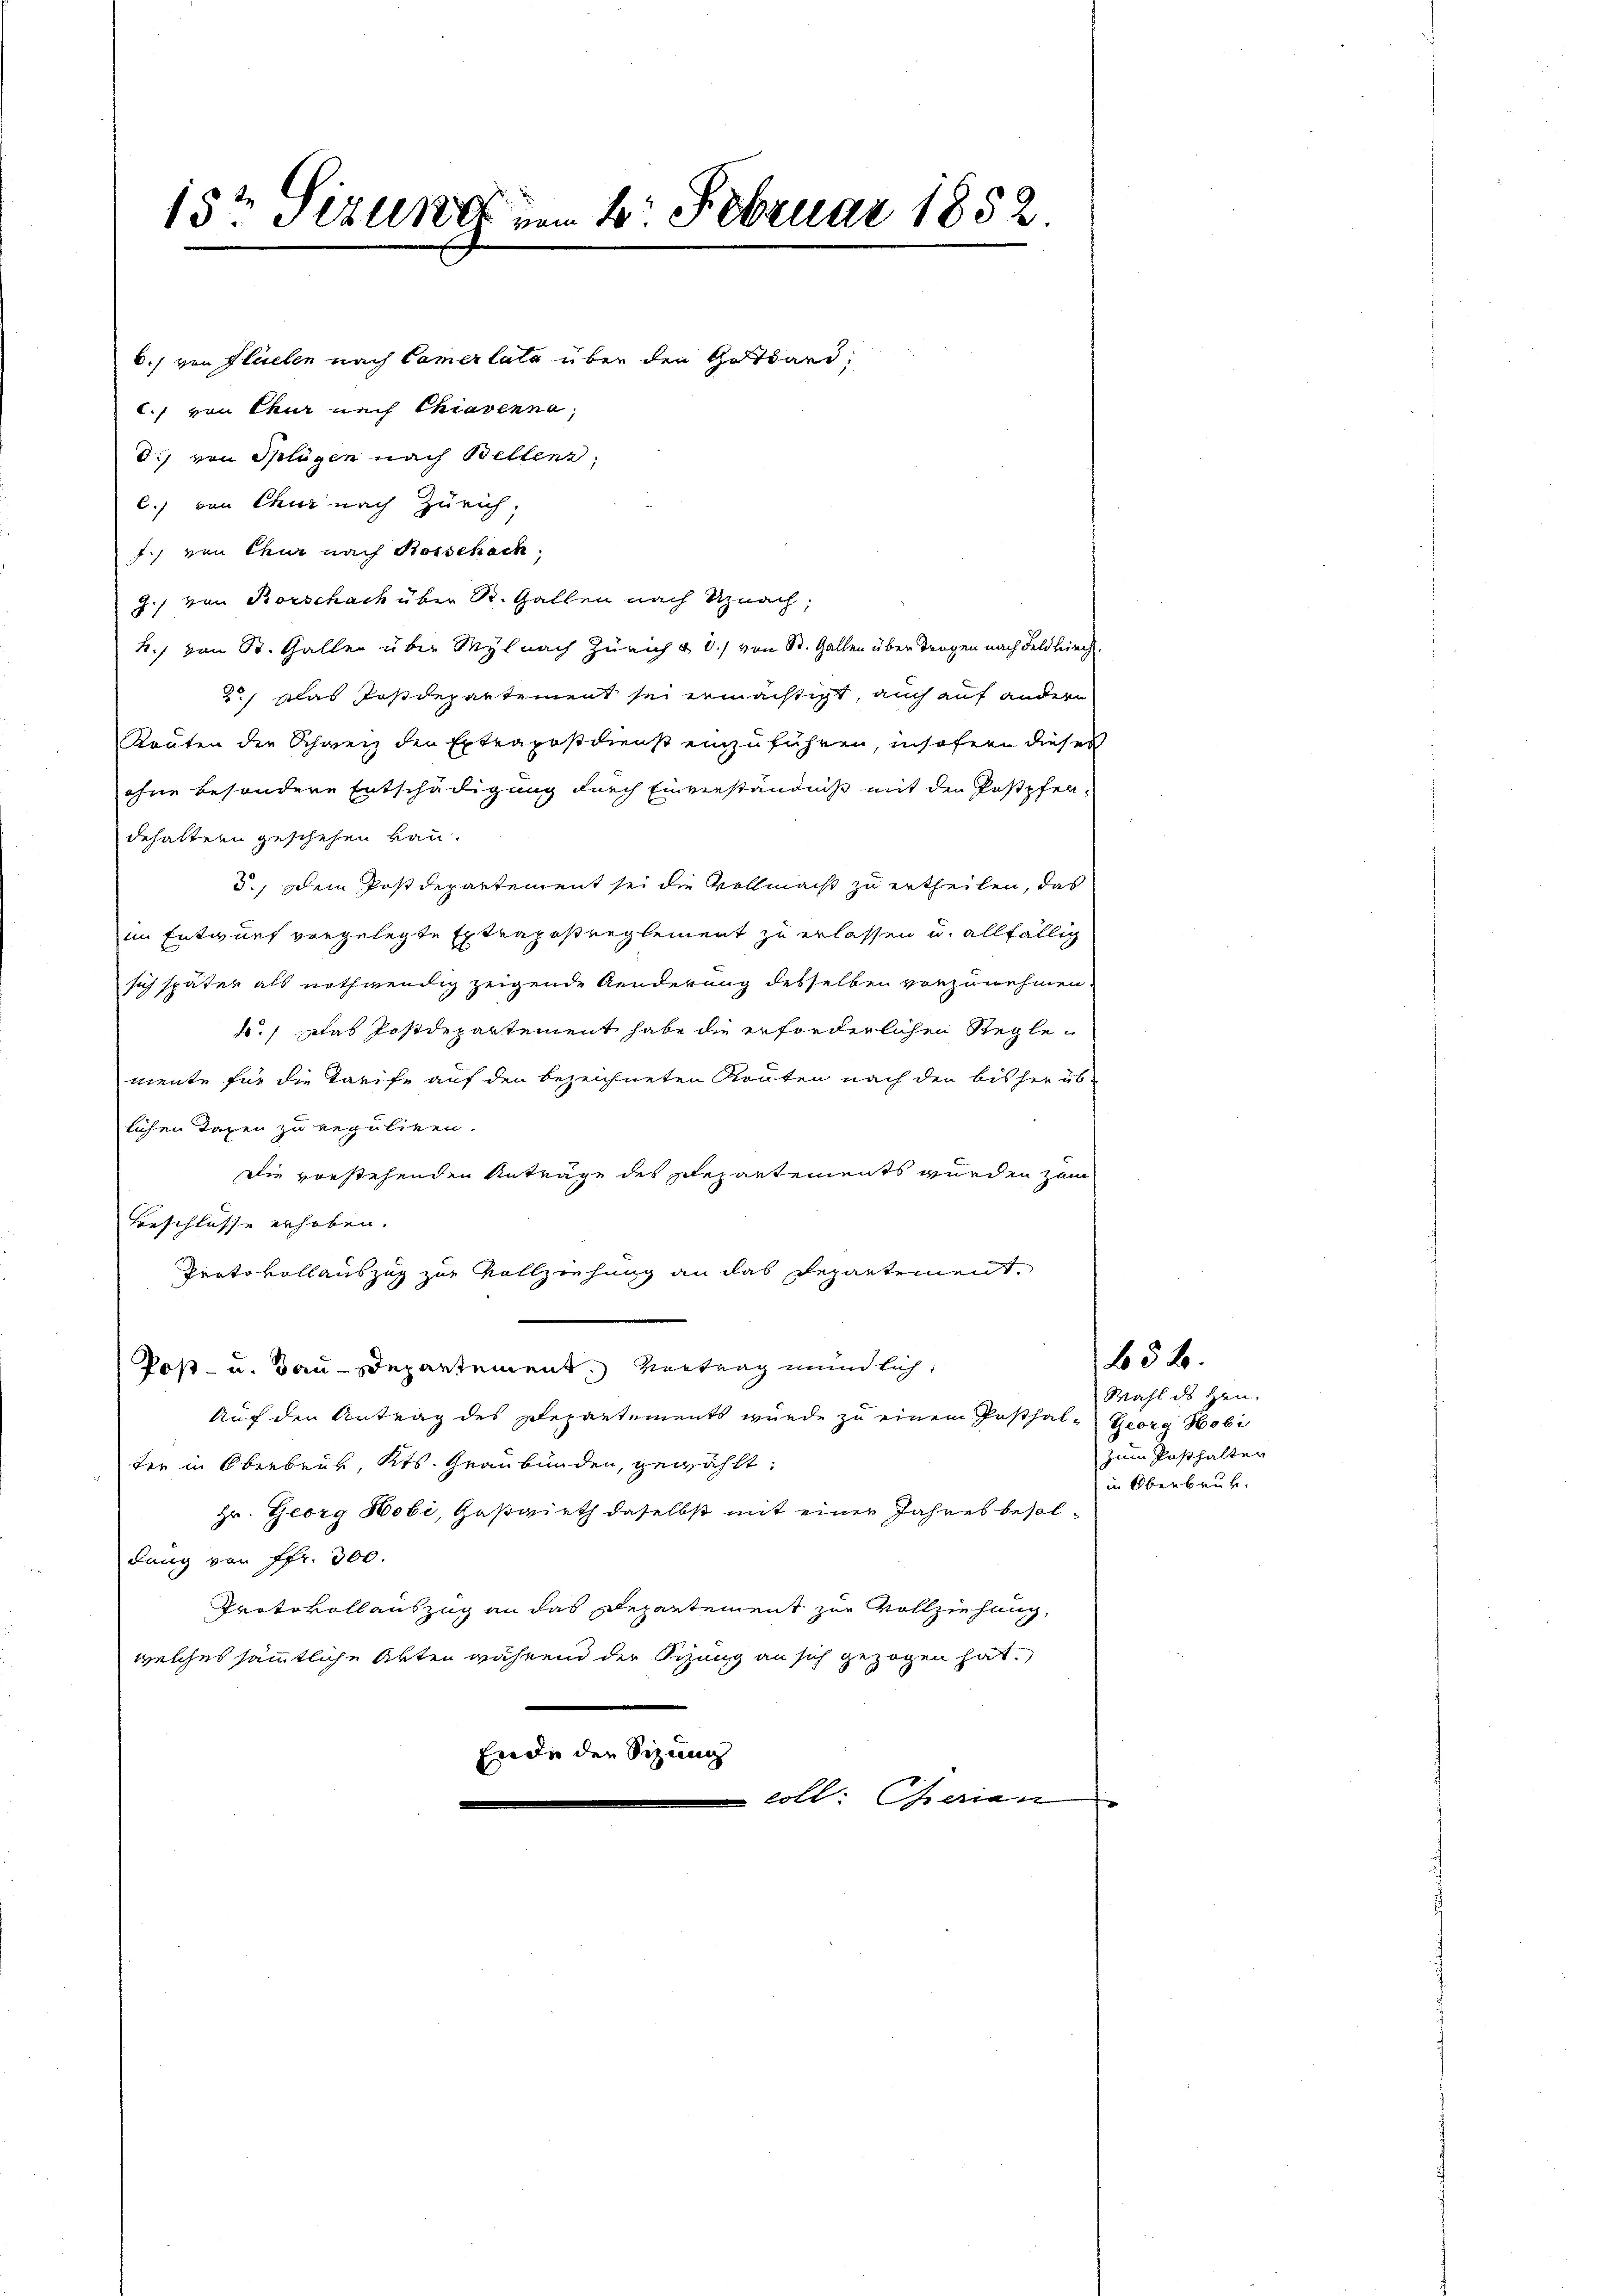
15t Sizung um 2. Februar 1852

6.) von Flüelen nach Camer late über den Gottard,
C. von Chur nach Chiavenna,
d.) von Splügen nach Bellenz
C.) von Chur nach Zürich,
.) von Chur nach Botschach
J. von Rorschach über St. Gallen nach Unach,
h.) von St. Galler über Myl nach Zürich & 8./ von St. Gallen über Tragen nach Feldkirch
2.) Das Postdepartement sei ermächtigt, auch auf andern
Routen der Schweiz den Extraposdienst einzuführen, insofern dieses
ohne besondere Entschädigung durch Einverständniß mit den Postpfenbehaltern geschehen kann.
5., Dein Postdepartement sei die Vollmacht zu ertheilen, das
im Entwurf vorgelegte Extrapostreglement zu erlassen u. allfällig
sich später als nothwendig zeigende Aenderung desselben vorzunehmen.
4.) Das Postdepartement habe die erforderlichen Reglemente für die Tarife auf den bezeichneten Routen nach den bisher üb-
lichen Taxen zu reguliren.
Die vorstehenden Anträge des Departements wurden zum
Beschlüsse erhoben.
Protokollauszug zur Vollziehung an das Departement,
Post- u. Bau-Departement. Vortrag mündlich,
Auf den Antrag des Departements wurde zu einem Posthal- Georg Hobi
ter in Oberbruk, Kts. Graubünden, gewählt:
Hr. Georg Hobi, Gaswirth daselbst mit einer Jahres besoldung von Fr. 300.
Protokollauszug an das Departement zur Vollziehung,
welches sämmtliche Akten während der Sizung an sich gezogen hat.
Ende den Siz
e
coll einen |

Wahl des Hrn.
zum Posthalter
in Oberbruk.

632.